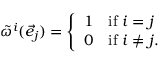
{ \tilde { \omega } } ^ { i } ( { \vec { e } } _ { j } ) = \left\{ { \begin{array} { l l } { 1 } & { \mathrm { i f } \ i = j } \\ { 0 } & { \mathrm { i f } \ i \not = j . } \end{array} } \right.